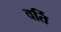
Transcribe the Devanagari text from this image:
वर्ति